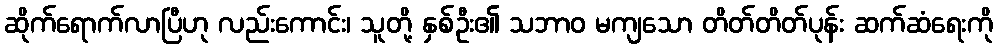
ဆိုက်ရောက်လာပြီဟု လည်းကောင်း၊ သူတို့ နှစ်ဦး၏ သဘာဝ မကျသော တိတ်တိတ်ပုန်း ဆက်ဆံရေးကို